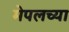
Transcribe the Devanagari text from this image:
मेपलच्या